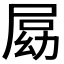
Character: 𡲍